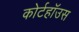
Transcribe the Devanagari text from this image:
कोर्टहॉउस